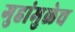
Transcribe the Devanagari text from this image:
गुहांमुळेच